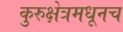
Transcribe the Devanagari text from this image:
कुरुक्षेत्रमधूनच